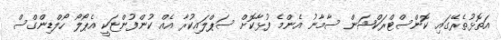
އަތޮޅުތެރޭގައި ކޮންސްޓްރަކްޝަން ސާމާނު އެންމެ ފުޅާކޮށް ސަޕްލައިކުރާ އެއް ކުންފުންޏަކީ އެޕޯލޯ ހޯލްޑިންގްސް